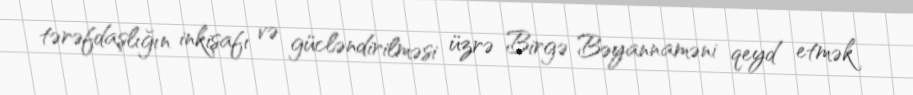
tərəfdaşlığın inkişafı və gücləndirilməsi üzrə Birgə Bəyannaməni qeyd etmək